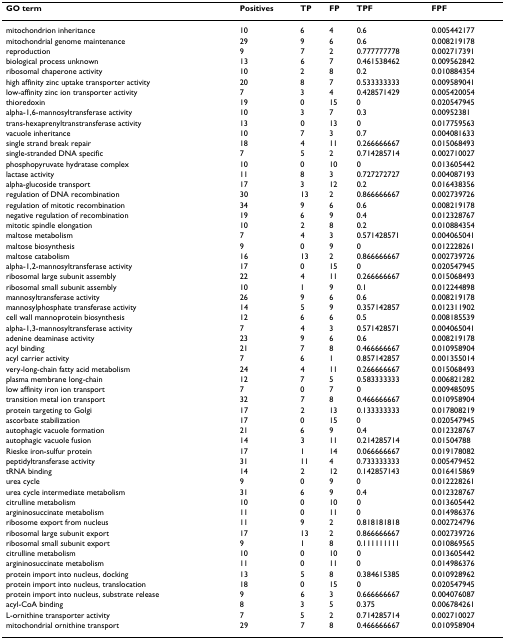
<table><thead><tr><td><b>GO term</b></td><td><b>Positives</b></td><td><b>TP</b></td><td><b>FP</b></td><td><b>TPF</b></td><td><b>FPF</b></td></tr></thead><tbody><tr><td>mitochondrion inheritance</td><td>10</td><td>6</td><td>4</td><td>0.6</td><td>0.005442177</td></tr><tr><td>mitochondrial genome maintenance</td><td>29</td><td>9</td><td>6</td><td>0.6</td><td>0.008219178</td></tr><tr><td>reproduction</td><td>9</td><td>7</td><td>2</td><td>0.777777778</td><td>0.002717391</td></tr><tr><td>biological process unknown</td><td>13</td><td>6</td><td>7</td><td>0.461538462</td><td>0.009562842</td></tr><tr><td>ribosomal chaperone activity</td><td>10</td><td>2</td><td>8</td><td>0.2</td><td>0.010884354</td></tr><tr><td>high affinity zinc uptake transporter activity</td><td>20</td><td>8</td><td>7</td><td>0.533333333</td><td>0.009589041</td></tr><tr><td>low-affinity zinc ion transporter activity</td><td>7</td><td>3</td><td>4</td><td>0.428571429</td><td>0.005420054</td></tr><tr><td>thioredoxin</td><td>19</td><td>0</td><td>15</td><td>0</td><td>0.020547945</td></tr><tr><td>alpha-1,6-mannosyltransferase activity</td><td>10</td><td>3</td><td>7</td><td>0.3</td><td>0.00952381</td></tr><tr><td>trans-hexaprenyltranstransferase activity</td><td>13</td><td>0</td><td>13</td><td>0</td><td>0.017759563</td></tr><tr><td>vacuole inheritance</td><td>10</td><td>7</td><td>3</td><td>0.7</td><td>0.004081633</td></tr><tr><td>single strand break repair</td><td>18</td><td>4</td><td>11</td><td>0.266666667</td><td>0.015068493</td></tr><tr><td>single-stranded DNA specific</td><td>7</td><td>5</td><td>2</td><td>0.714285714</td><td>0.002710027</td></tr><tr><td>phosphopyruvate hydratase complex</td><td>10</td><td>0</td><td>10</td><td>0</td><td>0.013605442</td></tr><tr><td>lactase activity</td><td>11</td><td>8</td><td>3</td><td>0.727272727</td><td>0.004087193</td></tr><tr><td>alpha-glucoside transport</td><td>17</td><td>3</td><td>12</td><td>0.2</td><td>0.016438356</td></tr><tr><td>regulation of DNA recombination</td><td>30</td><td>13</td><td>2</td><td>0.866666667</td><td>0.002739726</td></tr><tr><td>regulation of mitotic recombination</td><td>34</td><td>9</td><td>6</td><td>0.6</td><td>0.008219178</td></tr><tr><td>negative regulation of recombination</td><td>19</td><td>6</td><td>9</td><td>0.4</td><td>0.012328767</td></tr><tr><td>mitotic spindle elongation</td><td>10</td><td>2</td><td>8</td><td>0.2</td><td>0.010884354</td></tr><tr><td>maltose metabolism</td><td>7</td><td>4</td><td>3</td><td>0.571428571</td><td>0.004065041</td></tr><tr><td>maltose biosynthesis</td><td>9</td><td>0</td><td>9</td><td>0</td><td>0.012228261</td></tr><tr><td>maltose catabolism</td><td>16</td><td>13</td><td>2</td><td>0.866666667</td><td>0.002739726</td></tr><tr><td>alpha-1,2-mannosyltransferase activity</td><td>17</td><td>0</td><td>15</td><td>0</td><td>0.020547945</td></tr><tr><td>ribosomal large subunit assembly</td><td>22</td><td>4</td><td>11</td><td>0.266666667</td><td>0.015068493</td></tr><tr><td>ribosomal small subunit assembly</td><td>10</td><td>1</td><td>9</td><td>0.1</td><td>0.012244898</td></tr><tr><td>mannosyltransferase activity</td><td>26</td><td>9</td><td>6</td><td>0.6</td><td>0.008219178</td></tr><tr><td>mannosylphosphate transferase activity</td><td>14</td><td>5</td><td>9</td><td>0.357142857</td><td>0.012311902</td></tr><tr><td>cell wall mannoprotein biosynthesis</td><td>12</td><td>6</td><td>6</td><td>0.5</td><td>0.008185539</td></tr><tr><td>alpha-1,3-mannosyltransferase activity</td><td>7</td><td>4</td><td>3</td><td>0.571428571</td><td>0.004065041</td></tr><tr><td>adenine deaminase activity</td><td>23</td><td>9</td><td>6</td><td>0.6</td><td>0.008219178</td></tr><tr><td>acyl binding</td><td>21</td><td>7</td><td>8</td><td>0.466666667</td><td>0.010958904</td></tr><tr><td>acyl carrier activity</td><td>7</td><td>6</td><td>1</td><td>0.857142857</td><td>0.001355014</td></tr><tr><td>very-long-chain fatty acid metabolism</td><td>24</td><td>4</td><td>11</td><td>0.266666667</td><td>0.015068493</td></tr><tr><td>plasma membrane long-chain</td><td>12</td><td>7</td><td>5</td><td>0.583333333</td><td>0.006821282</td></tr><tr><td>low affinity iron ion transport</td><td>7</td><td>0</td><td>7</td><td>0</td><td>0.009485095</td></tr><tr><td>transition metal ion transport</td><td>32</td><td>7</td><td>8</td><td>0.466666667</td><td>0.010958904</td></tr><tr><td>protein targeting to Golgi</td><td>17</td><td>2</td><td>13</td><td>0.133333333</td><td>0.017808219</td></tr><tr><td>ascorbate stabilization</td><td>17</td><td>0</td><td>15</td><td>0</td><td>0.020547945</td></tr><tr><td>autophagic vacuole formation</td><td>21</td><td>6</td><td>9</td><td>0.4</td><td>0.012328767</td></tr><tr><td>autophagic vacuole fusion</td><td>14</td><td>3</td><td>11</td><td>0.214285714</td><td>0.01504788</td></tr><tr><td>Rieske iron-sulfur protein</td><td>17</td><td>1</td><td>14</td><td>0.066666667</td><td>0.019178082</td></tr><tr><td>peptidyltransferase activity</td><td>31</td><td>11</td><td>4</td><td>0.733333333</td><td>0.005479452</td></tr><tr><td>tRNA binding</td><td>14</td><td>2</td><td>12</td><td>0.142857143</td><td>0.016415869</td></tr><tr><td>urea cycle</td><td>9</td><td>0</td><td>9</td><td>0</td><td>0.012228261</td></tr><tr><td>urea cycle intermediate metabolism</td><td>31</td><td>6</td><td>9</td><td>0.4</td><td>0.012328767</td></tr><tr><td>citrulline metabolism</td><td>10</td><td>0</td><td>10</td><td>0</td><td>0.013605442</td></tr><tr><td>argininosuccinate metabolism</td><td>11</td><td>0</td><td>11</td><td>0</td><td>0.014986376</td></tr><tr><td>ribosome export from nucleus</td><td>11</td><td>9</td><td>2</td><td>0.818181818</td><td>0.002724796</td></tr><tr><td>ribosomal large subunit export</td><td>17</td><td>13</td><td>2</td><td>0.866666667</td><td>0.002739726</td></tr><tr><td>ribosomal small subunit export</td><td>9</td><td>1</td><td>8</td><td>0.111111111</td><td>0.010869565</td></tr><tr><td>citrulline metabolism</td><td>10</td><td>0</td><td>10</td><td>0</td><td>0.013605442</td></tr><tr><td>argininosuccinate metabolism</td><td>11</td><td>0</td><td>11</td><td>0</td><td>0.014986376</td></tr><tr><td>protein import into nucleus, docking</td><td>13</td><td>5</td><td>8</td><td>0.384615385</td><td>0.010928962</td></tr><tr><td>protein import into nucleus, translocation</td><td>18</td><td>0</td><td>15</td><td>0</td><td>0.020547945</td></tr><tr><td>protein import into nucleus, substrate release</td><td>9</td><td>6</td><td>3</td><td>0.666666667</td><td>0.004076087</td></tr><tr><td>acyl-CoA binding</td><td>8</td><td>3</td><td>5</td><td>0.375</td><td>0.006784261</td></tr><tr><td>L-ornithine transporter activity</td><td>7</td><td>5</td><td>2</td><td>0.714285714</td><td>0.002710027</td></tr><tr><td>mitochondrial ornithine transport</td><td>29</td><td>7</td><td>8</td><td>0.466666667</td><td>0.010958904</td></tr></tbody></table>